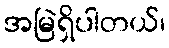
အမြဲရှိပါတယ်၊